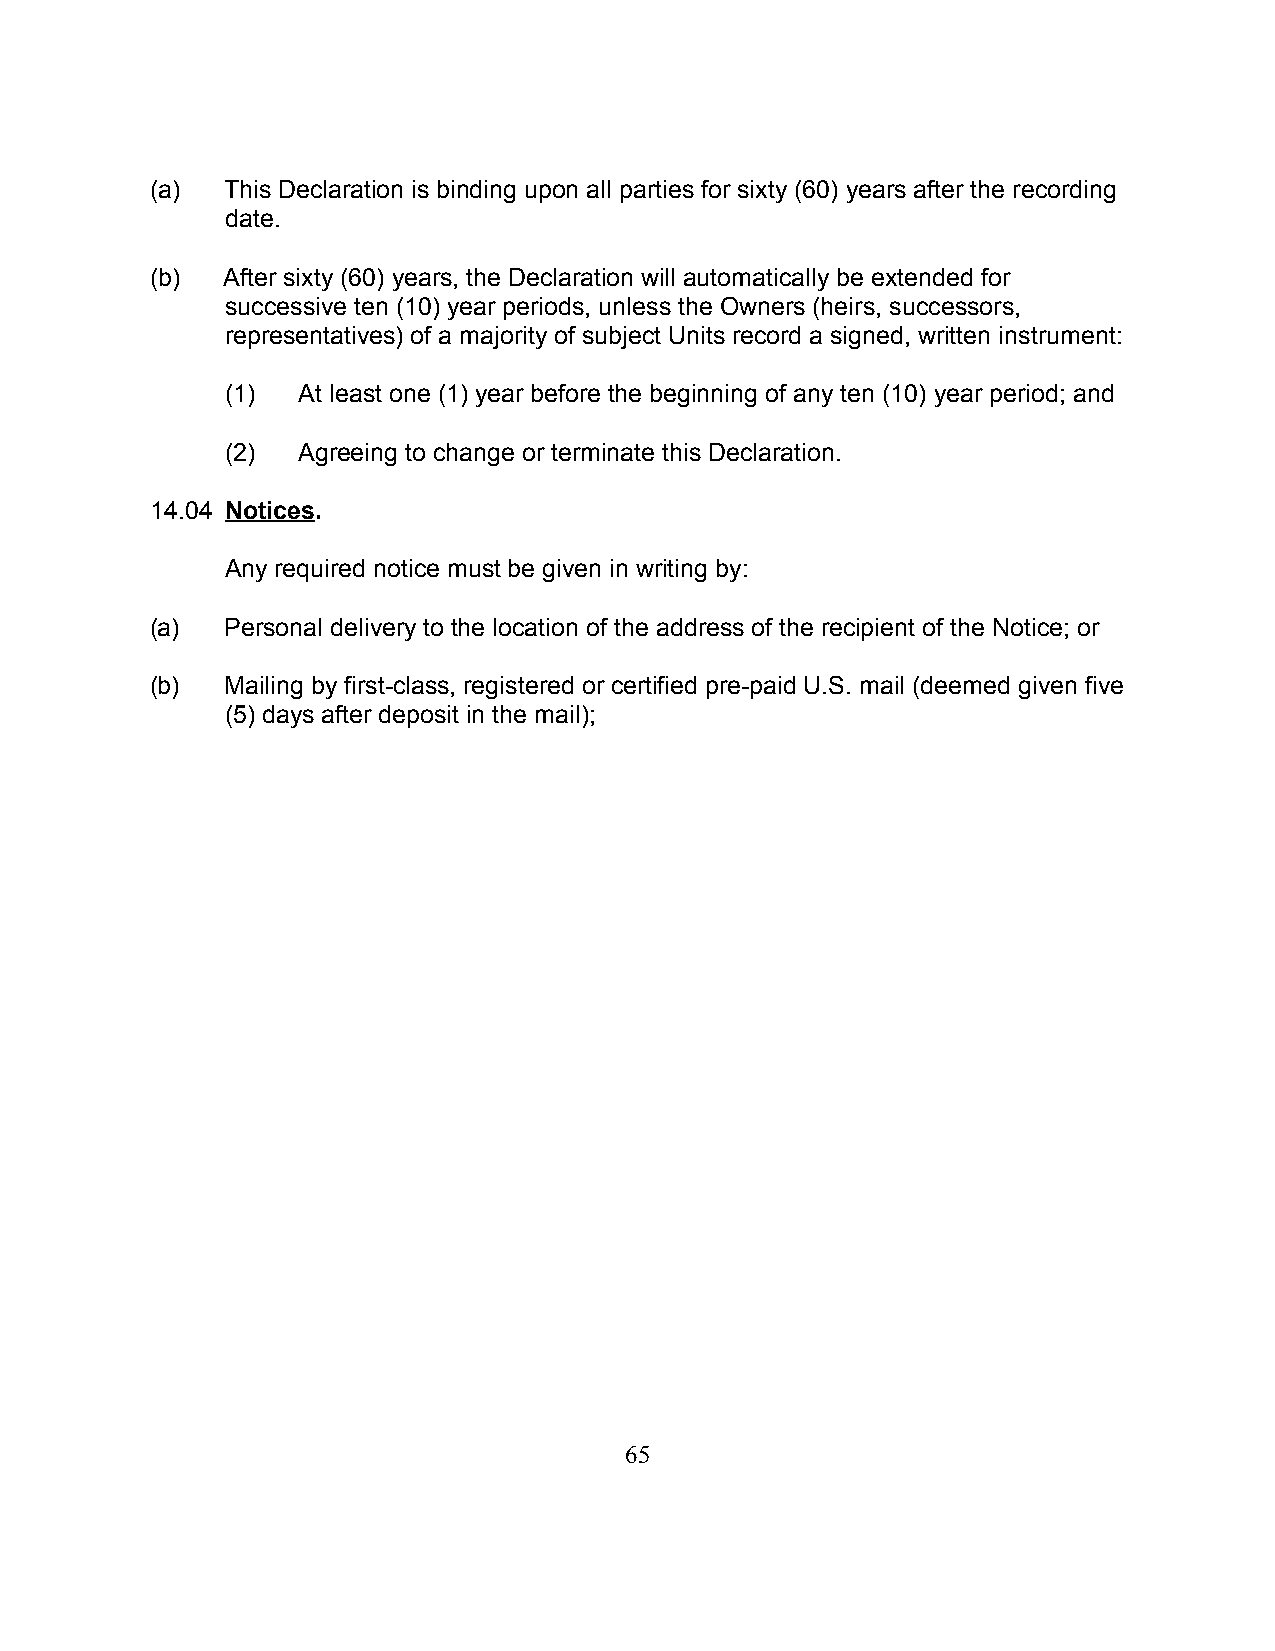
(a)  This Declaration is binding upon all parties for sixty (60) years after the recording
 date.
 (b)  After sixty (60) years, the Declaration will automatically be extended for
 successive ten (10) year periods, unless the Owners (heirs, successors,
 representatives) of a majority of subject Units record a signed, written instrument:
 (1)  At least one (1) year before the beginning of any ten (10) year period; and
 (2)  Agreeing to change or terminate this Declaration.
 14.04 Notices.
 Any required notice must be given in writing by:
 (a)  Personal delivery to the location of the address of the recipient of the Notice; or
 (b)  Mailing by first-class, registered or certified pre-paid U.S. mail (deemed given five
 (5) days after deposit in the mail);
 65